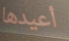
أعيدها